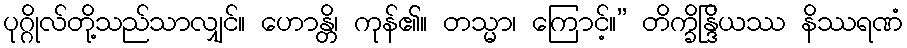
ပုဂ္ဂိုလ်တို့သည်သာလျှင်။ ဟောန္တိ၊ ကုန်၏။ တသ္မာ၊ ကြောင့်။” တိက္ခိန္ဒြိယဿ နိဿရဏံ